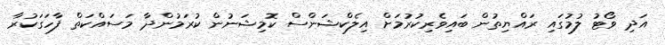
އަދި ވޯޓު ލުމުގައި ރައްޔިތުން ބައިވެރިކުރުމަށް އިލެކްޝަންސް ކޮމިޝަނުން ކުރަމުންދާ މަސައްކަތް ފާހަގަކުރާ